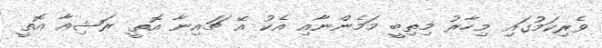
ވެރިކަމުގައި މިހާރު މިތިބީ މަމެންނާއި އެކު އޭ ޗައިނާ އޮތީ ރަޝިއާ އޮތީ